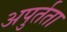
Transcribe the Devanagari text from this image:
अपुर्तता